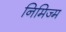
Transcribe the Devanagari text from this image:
निमिज्म